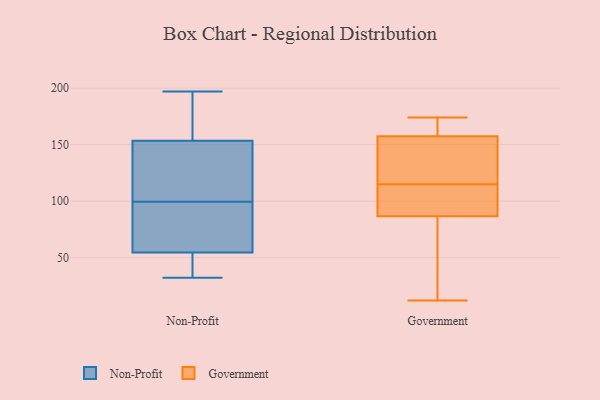
{"axis": {"x": "Temperature (°C)", "y": "Value"}, "legend": ["Government", "Non-Profit"], "data": [{"x": "", "y": 113, "type": "Non-Profit"}, {"x": "", "y": 32, "type": "Non-Profit"}, {"x": "", "y": 197, "type": "Non-Profit"}, {"x": "", "y": 66, "type": "Non-Profit"}, {"x": "", "y": 189, "type": "Non-Profit"}, {"x": "", "y": 41, "type": "Non-Profit"}, {"x": "", "y": 154, "type": "Non-Profit"}, {"x": "", "y": 137, "type": "Non-Profit"}, {"x": "", "y": 95, "type": "Non-Profit"}, {"x": "", "y": 86, "type": "Non-Profit"}, {"x": "", "y": 59, "type": "Non-Profit"}, {"x": "", "y": 48, "type": "Non-Profit"}, {"x": "", "y": 50, "type": "Non-Profit"}, {"x": "", "y": 104, "type": "Non-Profit"}, {"x": "", "y": 153, "type": "Non-Profit"}, {"x": "", "y": 164, "type": "Non-Profit"}, {"x": "", "y": 12, "type": "Government"}, {"x": "", "y": 166, "type": "Government"}, {"x": "", "y": 54, "type": "Government"}, {"x": "", "y": 150, "type": "Government"}, {"x": "", "y": 115, "type": "Government"}, {"x": "", "y": 174, "type": "Government"}, {"x": "", "y": 172, "type": "Government"}, {"x": "", "y": 112, "type": "Government"}, {"x": "", "y": 109, "type": "Government"}, {"x": "", "y": 162, "type": "Government"}, {"x": "", "y": 89, "type": "Government"}, {"x": "", "y": 79, "type": "Government"}, {"x": "", "y": 143, "type": "Government"}, {"x": "", "y": 31, "type": "Government"}, {"x": "", "y": 102, "type": "Government"}, {"x": "", "y": 156, "type": "Government"}, {"x": "", "y": 135, "type": "Government"}]}